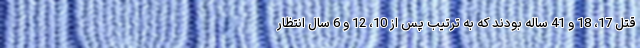
قتل 17، 18 و 41 ساله بودند که به ترتیب پس از 10، 12 و 6 سال انتظار